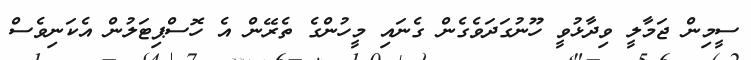
ސީމިން ޖަމާލީ ވިދާޅުވީ ހޫނުގަދަވެގެން ގެނައި މީހުންގެ ތެރޭން އެ ހޮސްޕިޓަލުން އެކަނިވެސް